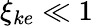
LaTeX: \xi_{ke}\ll 1